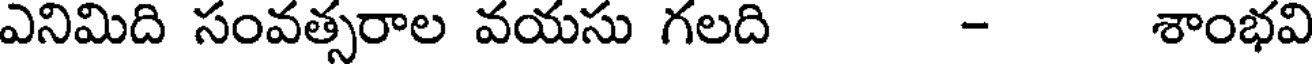
ఎనిమిది సంవత్సరాల వయసు గలది - శాంభవి